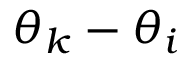
\theta _ { k } - \theta _ { i }